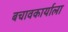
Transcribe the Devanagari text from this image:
बचावकार्याला